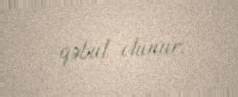
qəbul olunur.